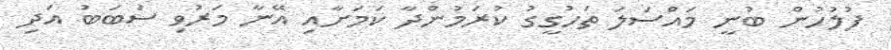
ފުލުހުން ބުނީ މައްސަލަ ތަހުގީގު ކުރަމުންދާ ކަމަށާއި އޭނާ މަރުވި ސަބަބު އަދި